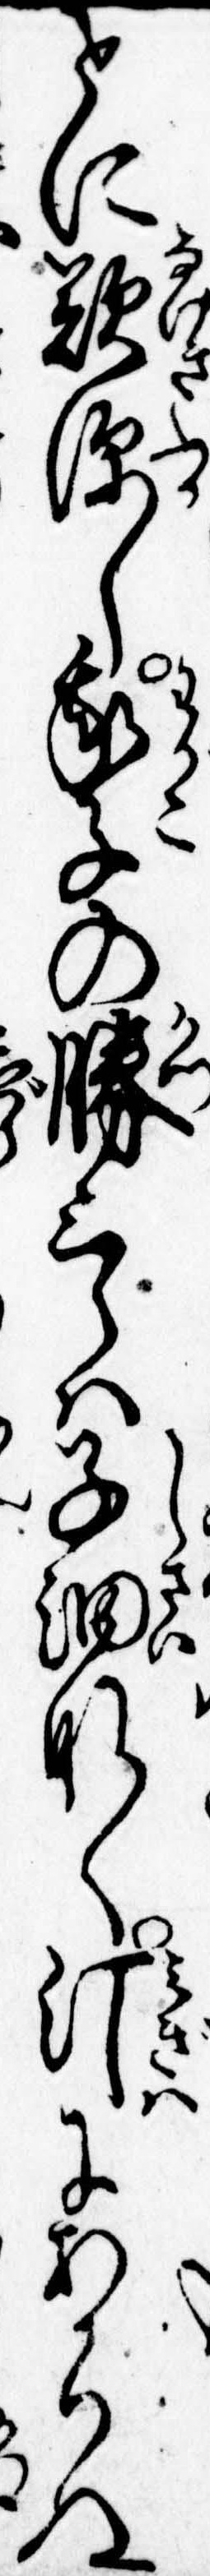
とに歎深し我子の勝三郎は子細なく汀にあかりぬ